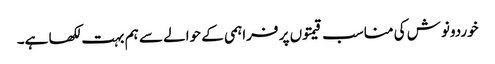
خوردونوش کی مناسب قیمتوں پر فراہمی کے حوالے سے ہم بہت لکھا ہے۔